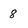
Character: 8